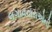
લગાવનારાઓની